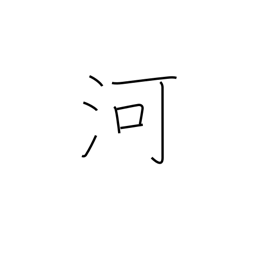
Meaning: river